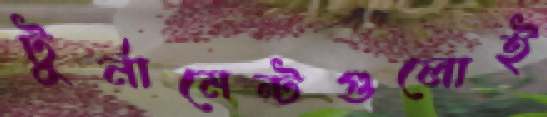
টুর্নামেন্টগুলোই